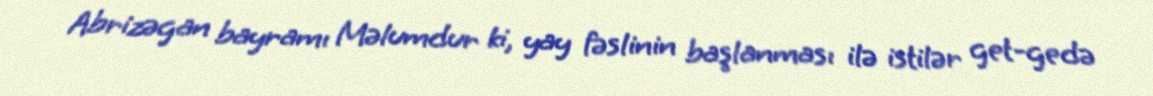
Abrizəgan bayramı Məlumdur ki, yay fəslinin başlanması ilə istilər get-gedə